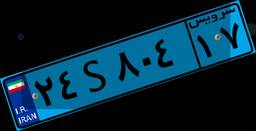
۰۸S۵۹۰۴۳